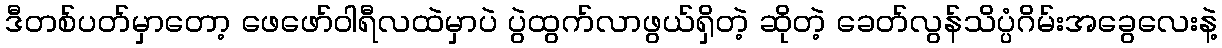
ဒီတစ်ပတ်မှာတော့ ဖေဖော်ဝါရီလထဲမှာပဲ ပွဲထွက်လာဖွယ်ရှိတဲ့ ဆိုတဲ့ ခေတ်လွန်သိပ္ပံဂိမ်းအခွေလေးနဲ့